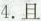
4.且